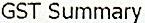
GST SUMMARY